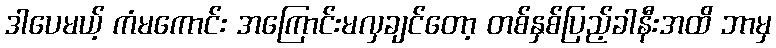
ဒါပေမယ့် ကံမကောင်း အကြောင်းမလှချင်တော့ တစ်နှစ်ပြည့်ခါနီးအထိ ဘာမှ